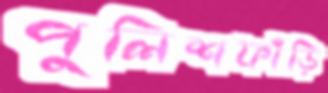
পুলিশফাঁড়ি